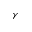
\gamma